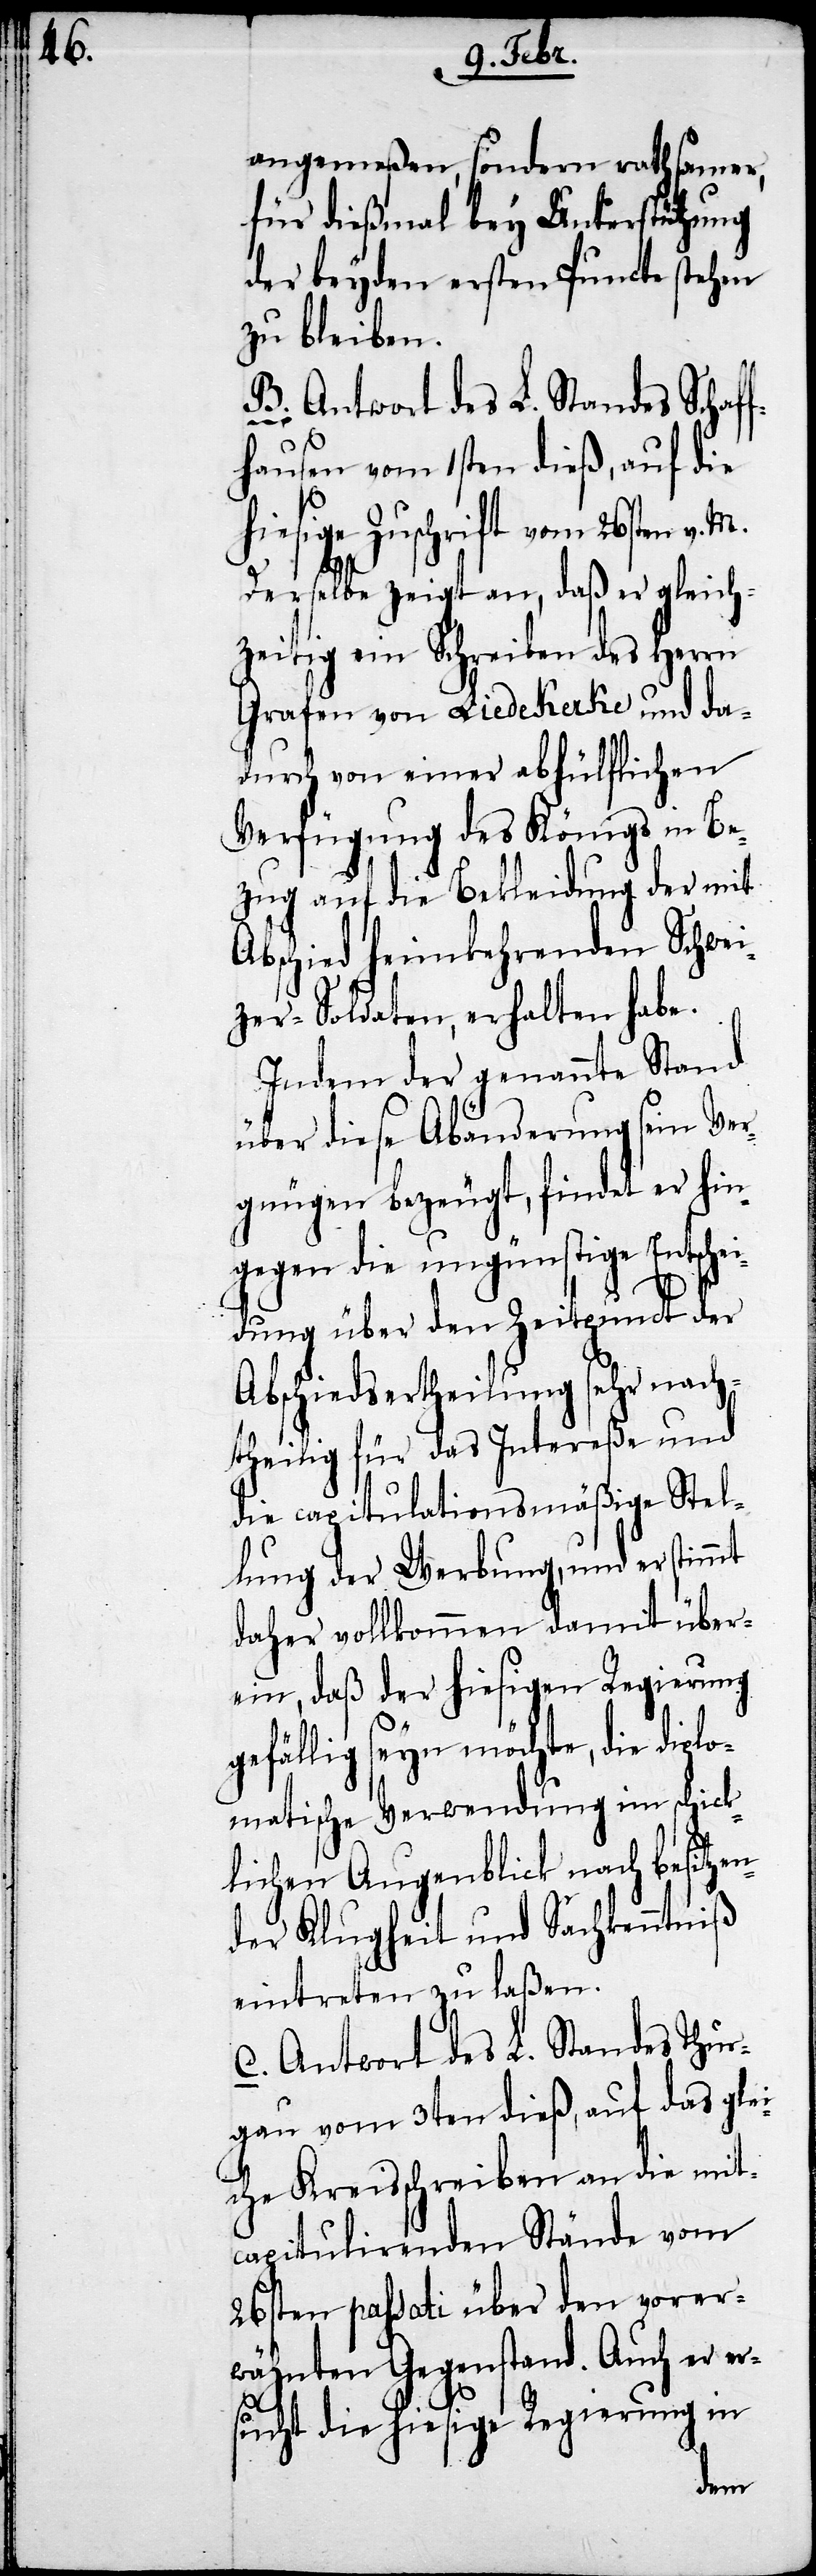
angemeßen, sondern rathsamer,
für dießmal bey Unterstützung
der beyden ersten Puncte stehen
zu bleiben.
B. Antwort des L. Standes Schaf¬
fhausen vom 1sten dieß, auf die
hiesige Zuschrift vom 26sten v. M.
Derselbe zeigt an, daß er gleich¬
zeitig ein Schreiben des Herrn
Grafen von Liedekerke und da¬
durch von einer abhülflichen
Verfügung des Königs in Be¬
zug auf die Bekleidung der mit
Abschied heimkehrenden Schwei¬
zer-Soldaten, erhalten habe.
Indem der genannte Stand
über diese Abänderung sein Ver¬
gnügen bezeugt, findet er hin¬
gegen die ungünstige Entsche¬
idung über den Zeitpunct der
Abschiedsertheilung sehr nach¬
theilig für das Intereße und
die capitulationsmäßige Stel¬
lung der Werbung, und er stimmt
daher vollkommen damit über¬
ein, daß der hiesigen Regierung
gefällig seyn möchte, die diplo¬
matische Verwendung im schick¬
lichen Augenblick nach besitze¬
nder Klugheit und Sachkenntniß
eintreten zu laßen.
C. Antwort des L. Standes Thur¬
gau vom 3ten dieß, auf das glei¬
che Kreisschreiben an die mit¬
capitulirenden Stände vom
26sten passati über den vorer¬
wähnten Gegenstand. Auch er e¬
rsucht die hiesige Regierung in